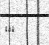
١١٢